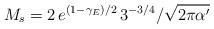
LaTeX: \begin{align*}M_{s}= {2\,e^{(1-\gamma _{E})/2}\,3^{-3/4}} / {\sqrt{2\pi \alpha ^{\prime }}}\end{align*}